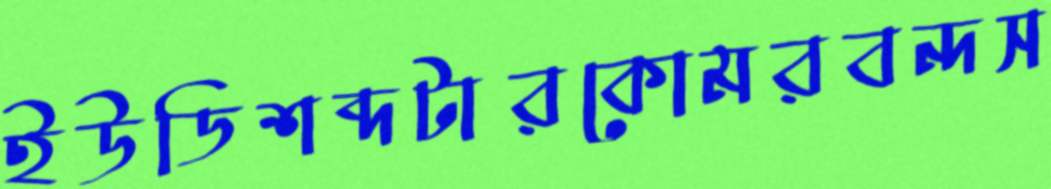
ইউডিশব্দটারকোমরবন্দস